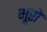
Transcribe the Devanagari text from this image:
भूरो